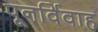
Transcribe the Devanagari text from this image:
पूनर्विवाह